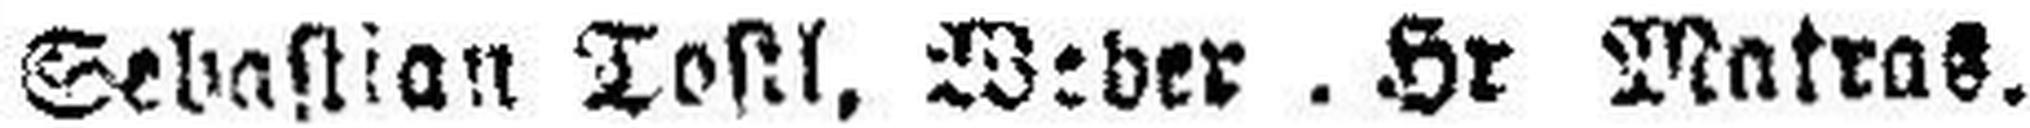
Sebastian Tostl, Weder Hr Matras.